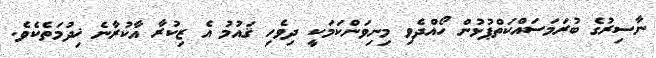
ނާސިރުގެ ބުރަމަސައްކަތްޕުޅުން ހޯއްދެވި މިނިވަންކަމަކީ ދިވެހި ޤައުމު އެ ޒިކުރާ އާކުރާނެ ޚިދުމަތެކެވެ.